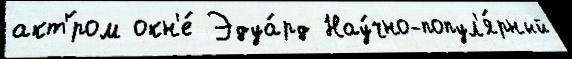
акт'́ром окн'е́ Эдуа́рд Нау́чно-попул'я́рный